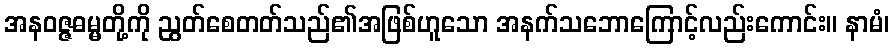
အနဝဇ္ဇဓမ္မတို့ကို ညွတ်စေတတ်သည်၏အဖြစ်ဟူသော အနက်သဘောကြောင့်လည်းကောင်း။ နာမံ၊